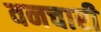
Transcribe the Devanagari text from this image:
वनचारी